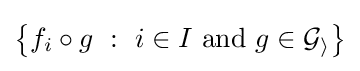
\left\{f_{i}\circ g~:~i\in I{\text{ and }}g\in {\cal {G_{i}}}\right\}